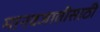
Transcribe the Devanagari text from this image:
मानवजातीसाठी